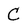
Character: C